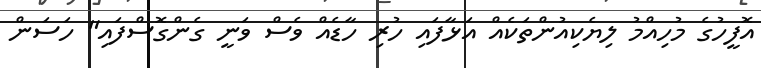
އޮފީހުގެ މުހިއްމު ލިޔެކިއުންތަކެއް އަޅާފައި ހުރި ހާޑެއް ވެސް ވަނީ ގެންގޮސްފައި" ހަސަން